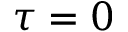
\tau = 0